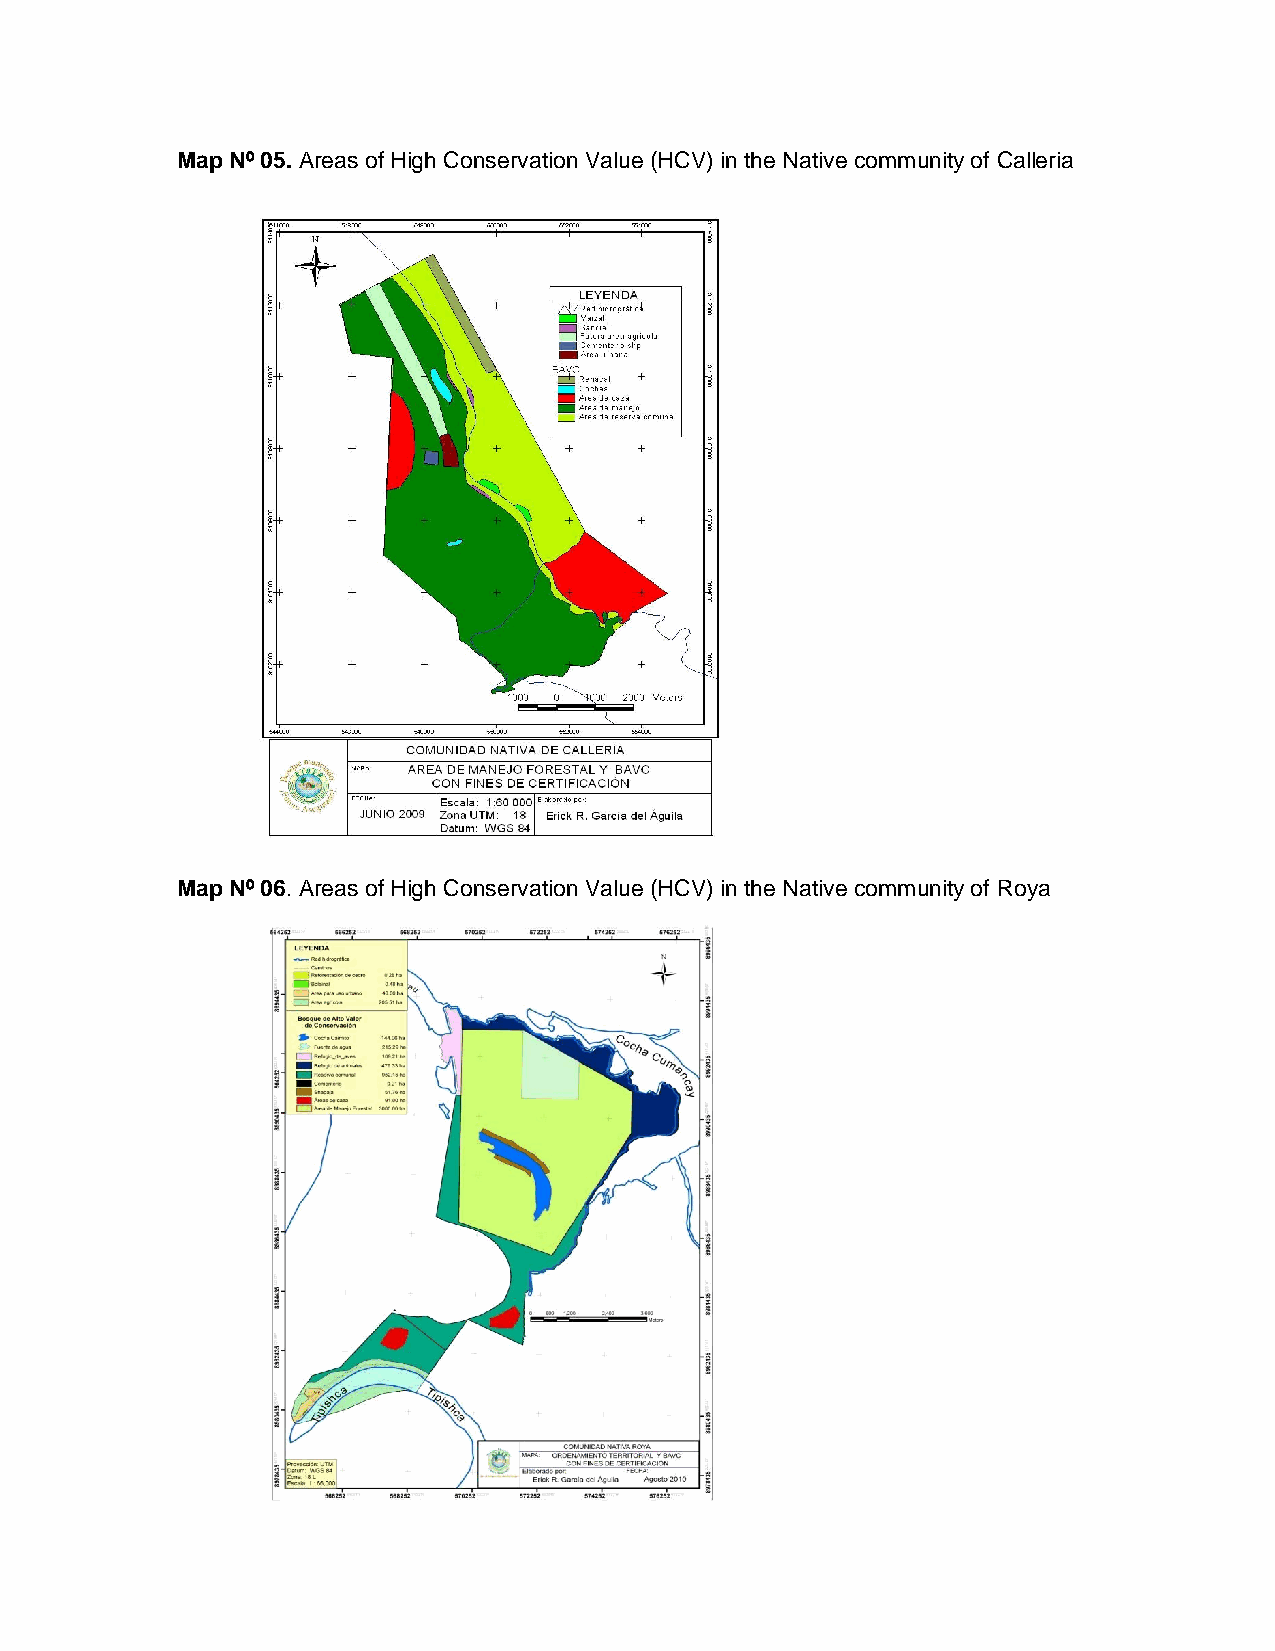
Map Nº 05. Areas of High Conservation Value (HCV) in the Native community of Calleria
 Map Nº 06. Areas of High Conservation Value (HCV) in the Native community of Roya